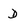
Character: D